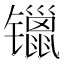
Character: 镴